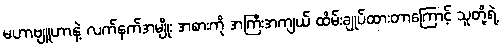
မဟာဗျူဟာနဲ့ လက်နက်အမျိုး အစားကို အကြီးအကျယ် ထိမ်းချုပ်ထားတာကြောင့် သူတို့ရဲ့